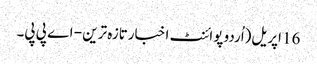
16 اپریل(اُردو پوائنٹ اخبارتازہ ترین - اے پی پی۔